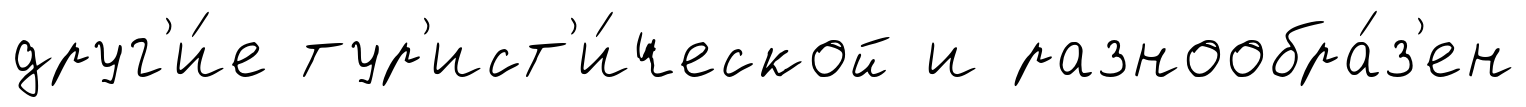
друг'и́е тур'ист'и́ческой и разнообра́з'ен